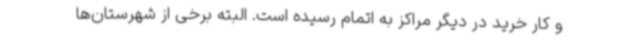
و کار خرید در دیگر مراکز به اتمام رسیده است. البته برخی از شهرستان‌ها